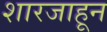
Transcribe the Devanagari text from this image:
शारजाहून